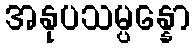
အနုပသမ္ပန္နော